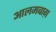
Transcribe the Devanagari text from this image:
आलमबाग़